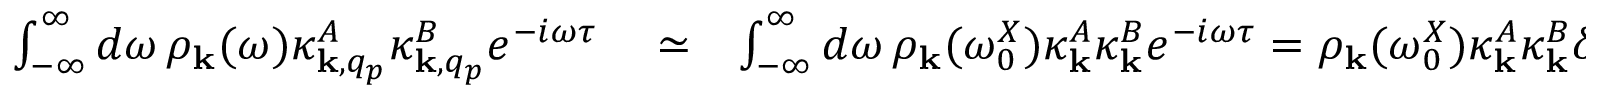
\begin{array} { r l r } { \int _ { - \infty } ^ { \infty } d \omega \, \rho _ { { \bf k } } ( \omega ) \kappa _ { { \bf k } , q _ { p } } ^ { A } \kappa _ { { \bf k } , q _ { p } } ^ { B } e ^ { - i \omega \tau } } & { { } \simeq } & { \int _ { - \infty } ^ { \infty } d \omega \, \rho _ { { \bf k } } ( \omega _ { 0 } ^ { X } ) \kappa _ { { \bf k } } ^ { A } \kappa _ { { \bf k } } ^ { B } e ^ { - i \omega \tau } = \rho _ { { \bf k } } ( \omega _ { 0 } ^ { X } ) \kappa _ { { \bf k } } ^ { A } \kappa _ { { \bf k } } ^ { B } \delta ( \tau ) , } \end{array}